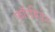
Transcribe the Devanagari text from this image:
फॉरबिडेन